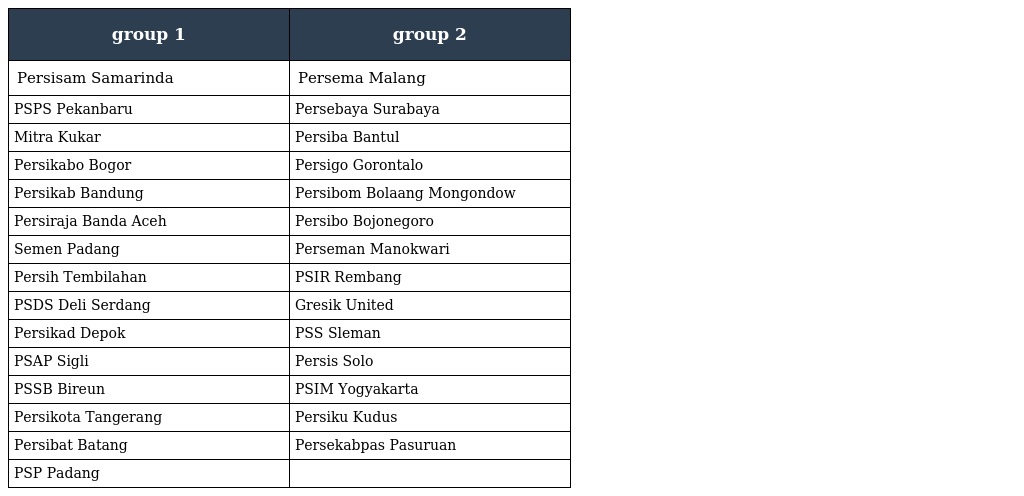
| group 1 | group 2 |
 | --- | --- |
 | Persisam Samarinda | Persema Malang |
 | PSPS Pekanbaru | Persebaya Surabaya |
 | Mitra Kukar | Persiba Bantul |
 | Persikabo Bogor | Persigo Gorontalo |
 | Persikab Bandung | Persibom Bolaang Mongondow |
 | Persiraja Banda Aceh | Persibo Bojonegoro |
 | Semen Padang | Perseman Manokwari |
 | Persih Tembilahan | PSIR Rembang |
 | PSDS Deli Serdang | Gresik United |
 | Persikad Depok | PSS Sleman |
 | PSAP Sigli | Persis Solo |
 | PSSB Bireun | PSIM Yogyakarta |
 | Persikota Tangerang | Persiku Kudus |
 | Persibat Batang | Persekabpas Pasuruan |
 | PSP Padang |  |